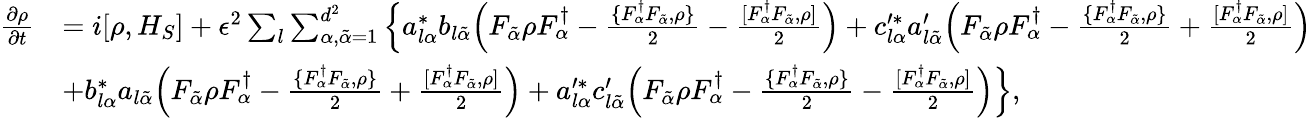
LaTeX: \begin{array}{rl}{\frac{\partial{\rho}}{\partial t}}&{=i[\rho,H_{S}]+\epsilon^{2}\sum_{l}\sum_{\alpha,{\tilde{\alpha}}=1}^{d^{2}}\Big\{ a_{l\alpha}^{*}b_{l{\tilde{\alpha}}}\Big(F_{\tilde{\alpha}}\rho F_{\alpha}^{\dagger}-\frac{\{ F_{\alpha}^{\dagger}F_{\tilde{\alpha}},\rho\} }{2}-\frac{[F_{\alpha}^{\dagger}F_{\tilde{\alpha}},\rho]}{2}\Big)+c_{l\alpha}^{\prime*}a_{l{\tilde{\alpha}}}^{\prime}\Big(F_{\tilde{\alpha}}\rho F_{\alpha}^{\dagger}-\frac{\{ F_{\alpha}^{\dagger}F_{\tilde{\alpha}},\rho\} }{2}+\frac{[F_{\alpha}^{\dagger}F_{\tilde{\alpha}},\rho]}{2}\Big)}\\ &{+b_{l\alpha}^{*}a_{l{\tilde{\alpha}}}\Big(F_{\tilde{\alpha}}\rho F_{\alpha}^{\dagger}-\frac{\{ F_{\alpha}^{\dagger}F_{\tilde{\alpha}},\rho\} }{2}+\frac{[F_{\alpha}^{\dagger}F_{\tilde{\alpha}},\rho]}{2}\Big)+a_{l\alpha}^{\prime*}c_{l{\tilde{\alpha}}}^{\prime}\Big(F_{\tilde{\alpha}}\rho F_{\alpha}^{\dagger}-\frac{\{ F_{\alpha}^{\dagger}F_{\tilde{\alpha}},\rho\} }{2}-\frac{[F_{\alpha}^{\dagger}F_{\tilde{\alpha}},\rho]}{2}\Big)\Big\} ,}\end{array}